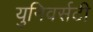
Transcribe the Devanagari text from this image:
युनिवर्सटी